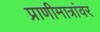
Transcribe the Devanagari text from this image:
प्राणीमात्रांवर